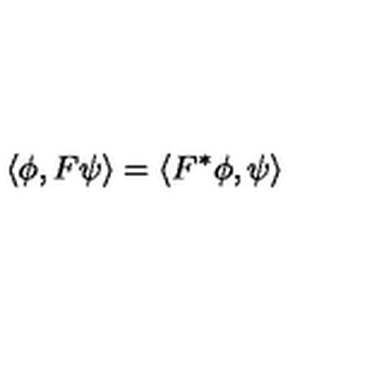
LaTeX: \left\langle \phi , F \psi \right\rangle = \left\langle F ^ { * } \phi , \psi \right\rangle